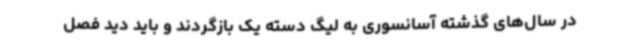
در سال‌های گذشته آسانسوری به لیگ دسته یک بازگردند و باید دید فصل